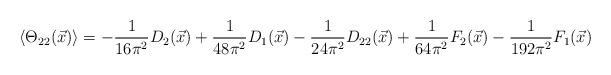
LaTeX: \begin{align*}\left\langle \Theta _{22}(\vec{x})\right\rangle =-\frac{1}{16\pi ^{2}}D_{2}(\vec{x})+\frac{1}{48\pi ^{2}}D_{1}(\vec{x})-\frac{1}{24\pi ^{2}}D_{22}(\vec{x})+\frac{1}{64\pi ^{2}}F_{2}(\vec{x})-\frac{1}{192\pi ^{2}}F_{1}(\vec{x})\end{align*}